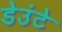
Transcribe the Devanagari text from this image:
डेउंटे